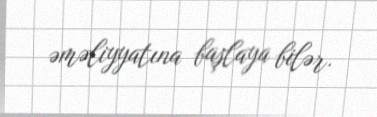
əməliyyatına başlaya bilər.